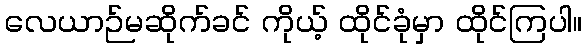
လေယာဉ်မဆိုက်ခင် ကိုယ့် ထိုင်ခုံမှာ ထိုင်ကြပါ။